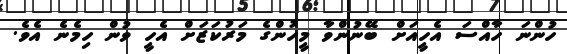
ހުންނަ ހާއްސަ އެހީއަށް ބޭނުންވާ މީހުންގެ މަރުކަޒަށް އެހީ ވުން ހިމެނެ އެވެ.